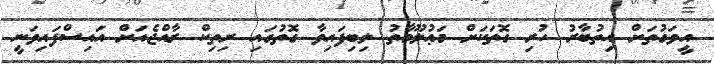
އީވަގުތަށް އިތުބާރު ހުރި ގޮތަކަށް މަޢުލޫމާތު ލިބިފައިވާ ގޮތުގައި ރިތިކް ރާއްޖެއަށް އައިސްފައިވަނީ